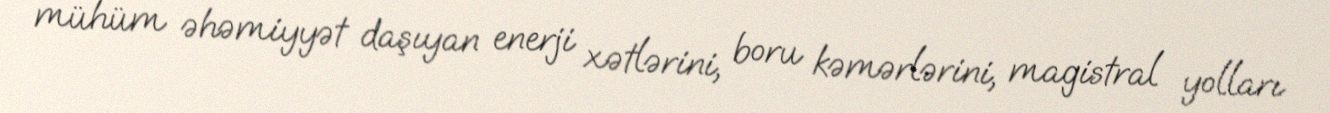
mühüm əhəmiyyət daşıyan enerji xətlərini, boru kəmərlərini, magistral yolları